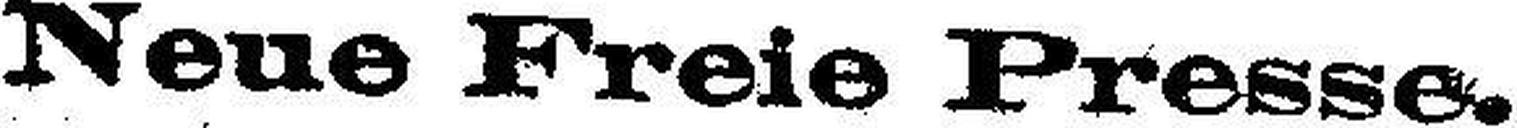
Neue Freie Preese.